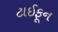
ટાઈફૂન